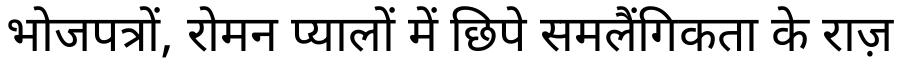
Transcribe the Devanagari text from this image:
भोजपत्रों, रोमन प्यालों में छिपे समलैंगिकता के राज़